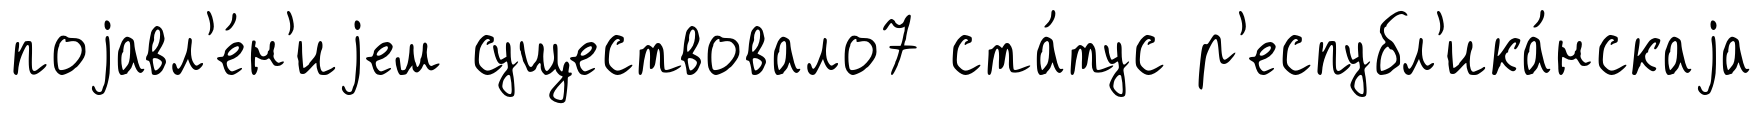
поjавл'е́н'иjем существовало7 ста́тус р'еспубл'ика́нскаjа